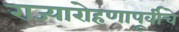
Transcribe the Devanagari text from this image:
राज्यारोहणापूर्वीचे